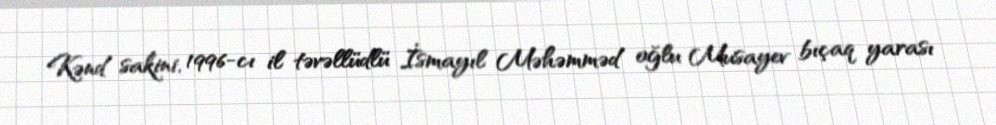
Kənd sakini, 1996-cı il təvəllüdlü İsmayıl Məhəmməd oğlu Musayev bıçaq yarası